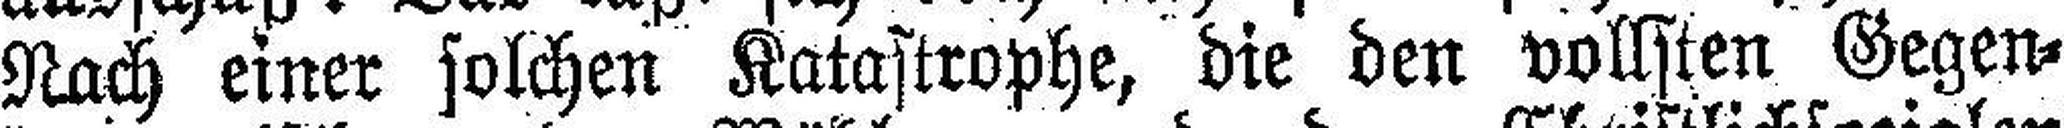
Nach einer solchen Katastrophe, die den vollsten Gegen¬